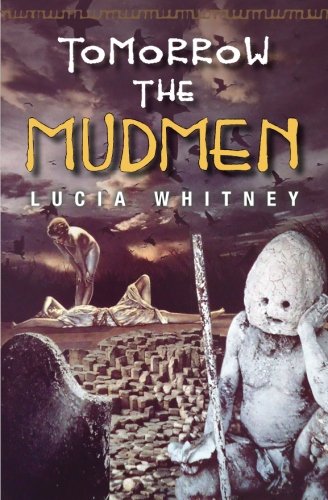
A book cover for Tomorrow the Mudmen; Lucia Whitney; Travel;